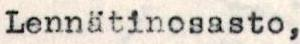
Lennätinosasto,